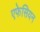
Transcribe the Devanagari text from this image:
एफेसियन